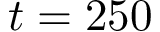
t = 2 5 0